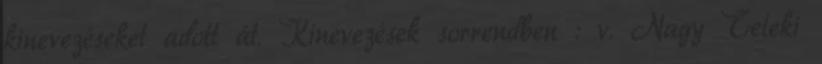
kinevezéseket adott át. Kinevezések sorrendben : v. Nagy Teleki